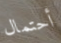
أحتمال